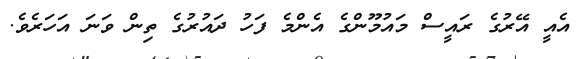
އެއީ އޭރުގެ ރައީސް މައުމޫންގެ އެންމެ ފަހު ދައުރުގެ ތިން ވަނަ އަހަރެވެ.